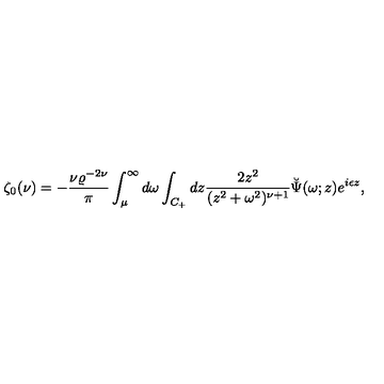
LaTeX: \zeta _ { 0 } ( \nu ) = - { \frac { \nu \varrho ^ { - 2 \nu } } { \pi } } \int _ { \mu } ^ { \infty } d \omega \int _ { C _ { + } } d z { \frac { 2 z ^ { 2 } } { ( z ^ { 2 } + \omega ^ { 2 } ) ^ { \nu + 1 } } } \breve { \Psi } ( \omega ; z ) e ^ { i \epsilon z } ,